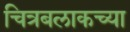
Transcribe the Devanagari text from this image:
चित्रबलाकच्या